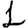
Digit: 1